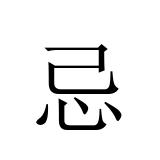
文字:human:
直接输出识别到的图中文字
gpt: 忌